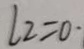
l _ { 2 } = 0 \cdot